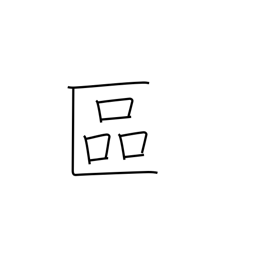
Meaning: ward